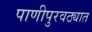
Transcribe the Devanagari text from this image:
पाणीपुरवठ्यात